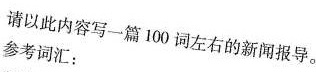
请以此内容写一篇10词左右的新闻报导。